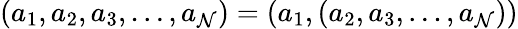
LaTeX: (a_{1},a_{2},a_{3},\ldots,a_{\mathcal{N}})=(a_{1},(a_{2},a_{3},\ldots,a_{\mathcal{N}}))